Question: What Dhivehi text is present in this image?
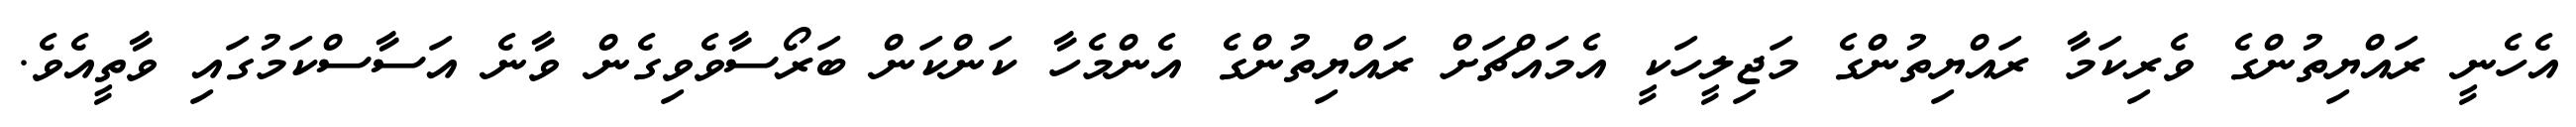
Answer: އެހެނީ ރައްޔިތުންގެ ވެރިކަމާ ރައްޔިތުންގެ މަޖިލީހަކީ އެމައްޗަށް ރައްޔިތުންގެ އެންމެހާ ކަންކަން ބަރޯސާވެވިގެން ވާނެ އަސާސްކަމުގައި ވާތީއެވެ.